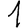
Digit: 1